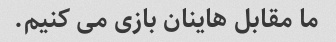
ما مقابل هاینان بازی می کنیم.